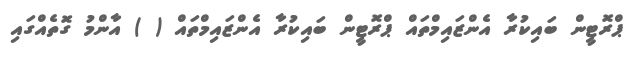
ޕްރޮޓީން ބައިކުރާ އެންޒައިމްތައް ޕްރޮޓީން ބައިކުރާ އެންޒައިމްތައް ( ) އާންމު ގޮތެއްގައި